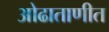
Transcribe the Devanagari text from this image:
ओढाताणीत